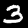
Label: 3